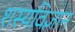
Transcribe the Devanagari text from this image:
शस्यविज्ञान